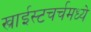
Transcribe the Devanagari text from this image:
ख्राईस्टचर्चमध्ये